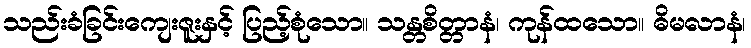
သည်းခံခြင်းကျေးဇူးနှင့် ပြည့်စုံသော။ သန္တစိတ္တာနံ၊ ကုန်ထသော။ ဓိမလာနံ၊